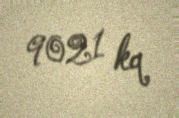
9021 kq